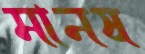
মানষ